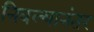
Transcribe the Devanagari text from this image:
निवल्यानंतर